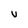
Character: v